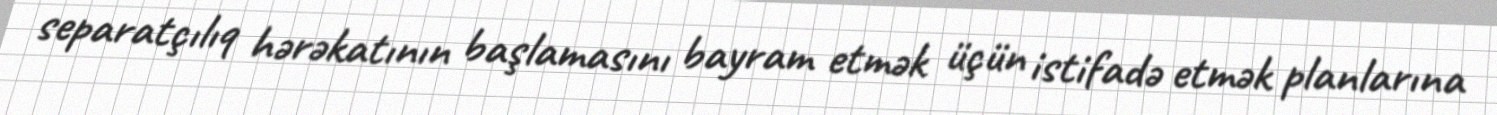
separatçılıq hərəkatının başlamasını bayram etmək üçün istifadə etmək planlarına